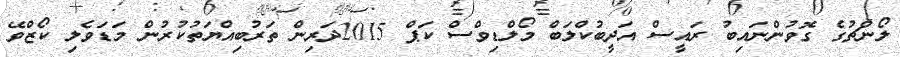
ލޯންޗުގެ ގޮވުންނައިބު ރައީސް އަދީބުކްލަބް މޯލްޑިވްސް ކަޕް 2015ދަރިން ތަރުބިއްޔަތުކުރުން މަޑަވެލި ކޯޒްވޭ